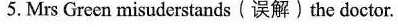
5. Mrs Green misuderstands(误解)the doctor.